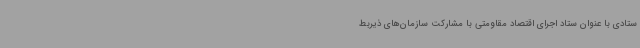
ستادی با عنوان ستاد اجرای اقتصاد مقاومتی با مشارکت سازمان‌های ذیربط